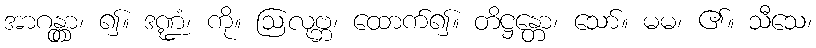
အာဂန္တွာ၊ ၍။ ဒဏ္ဍံ၊ ကို။ ဩလုဗ္ဘ၊ ထောက်၍။ တိဋ္ဌန္တော၊ သော်။ မမ၊ ၏။ သီသေ၊